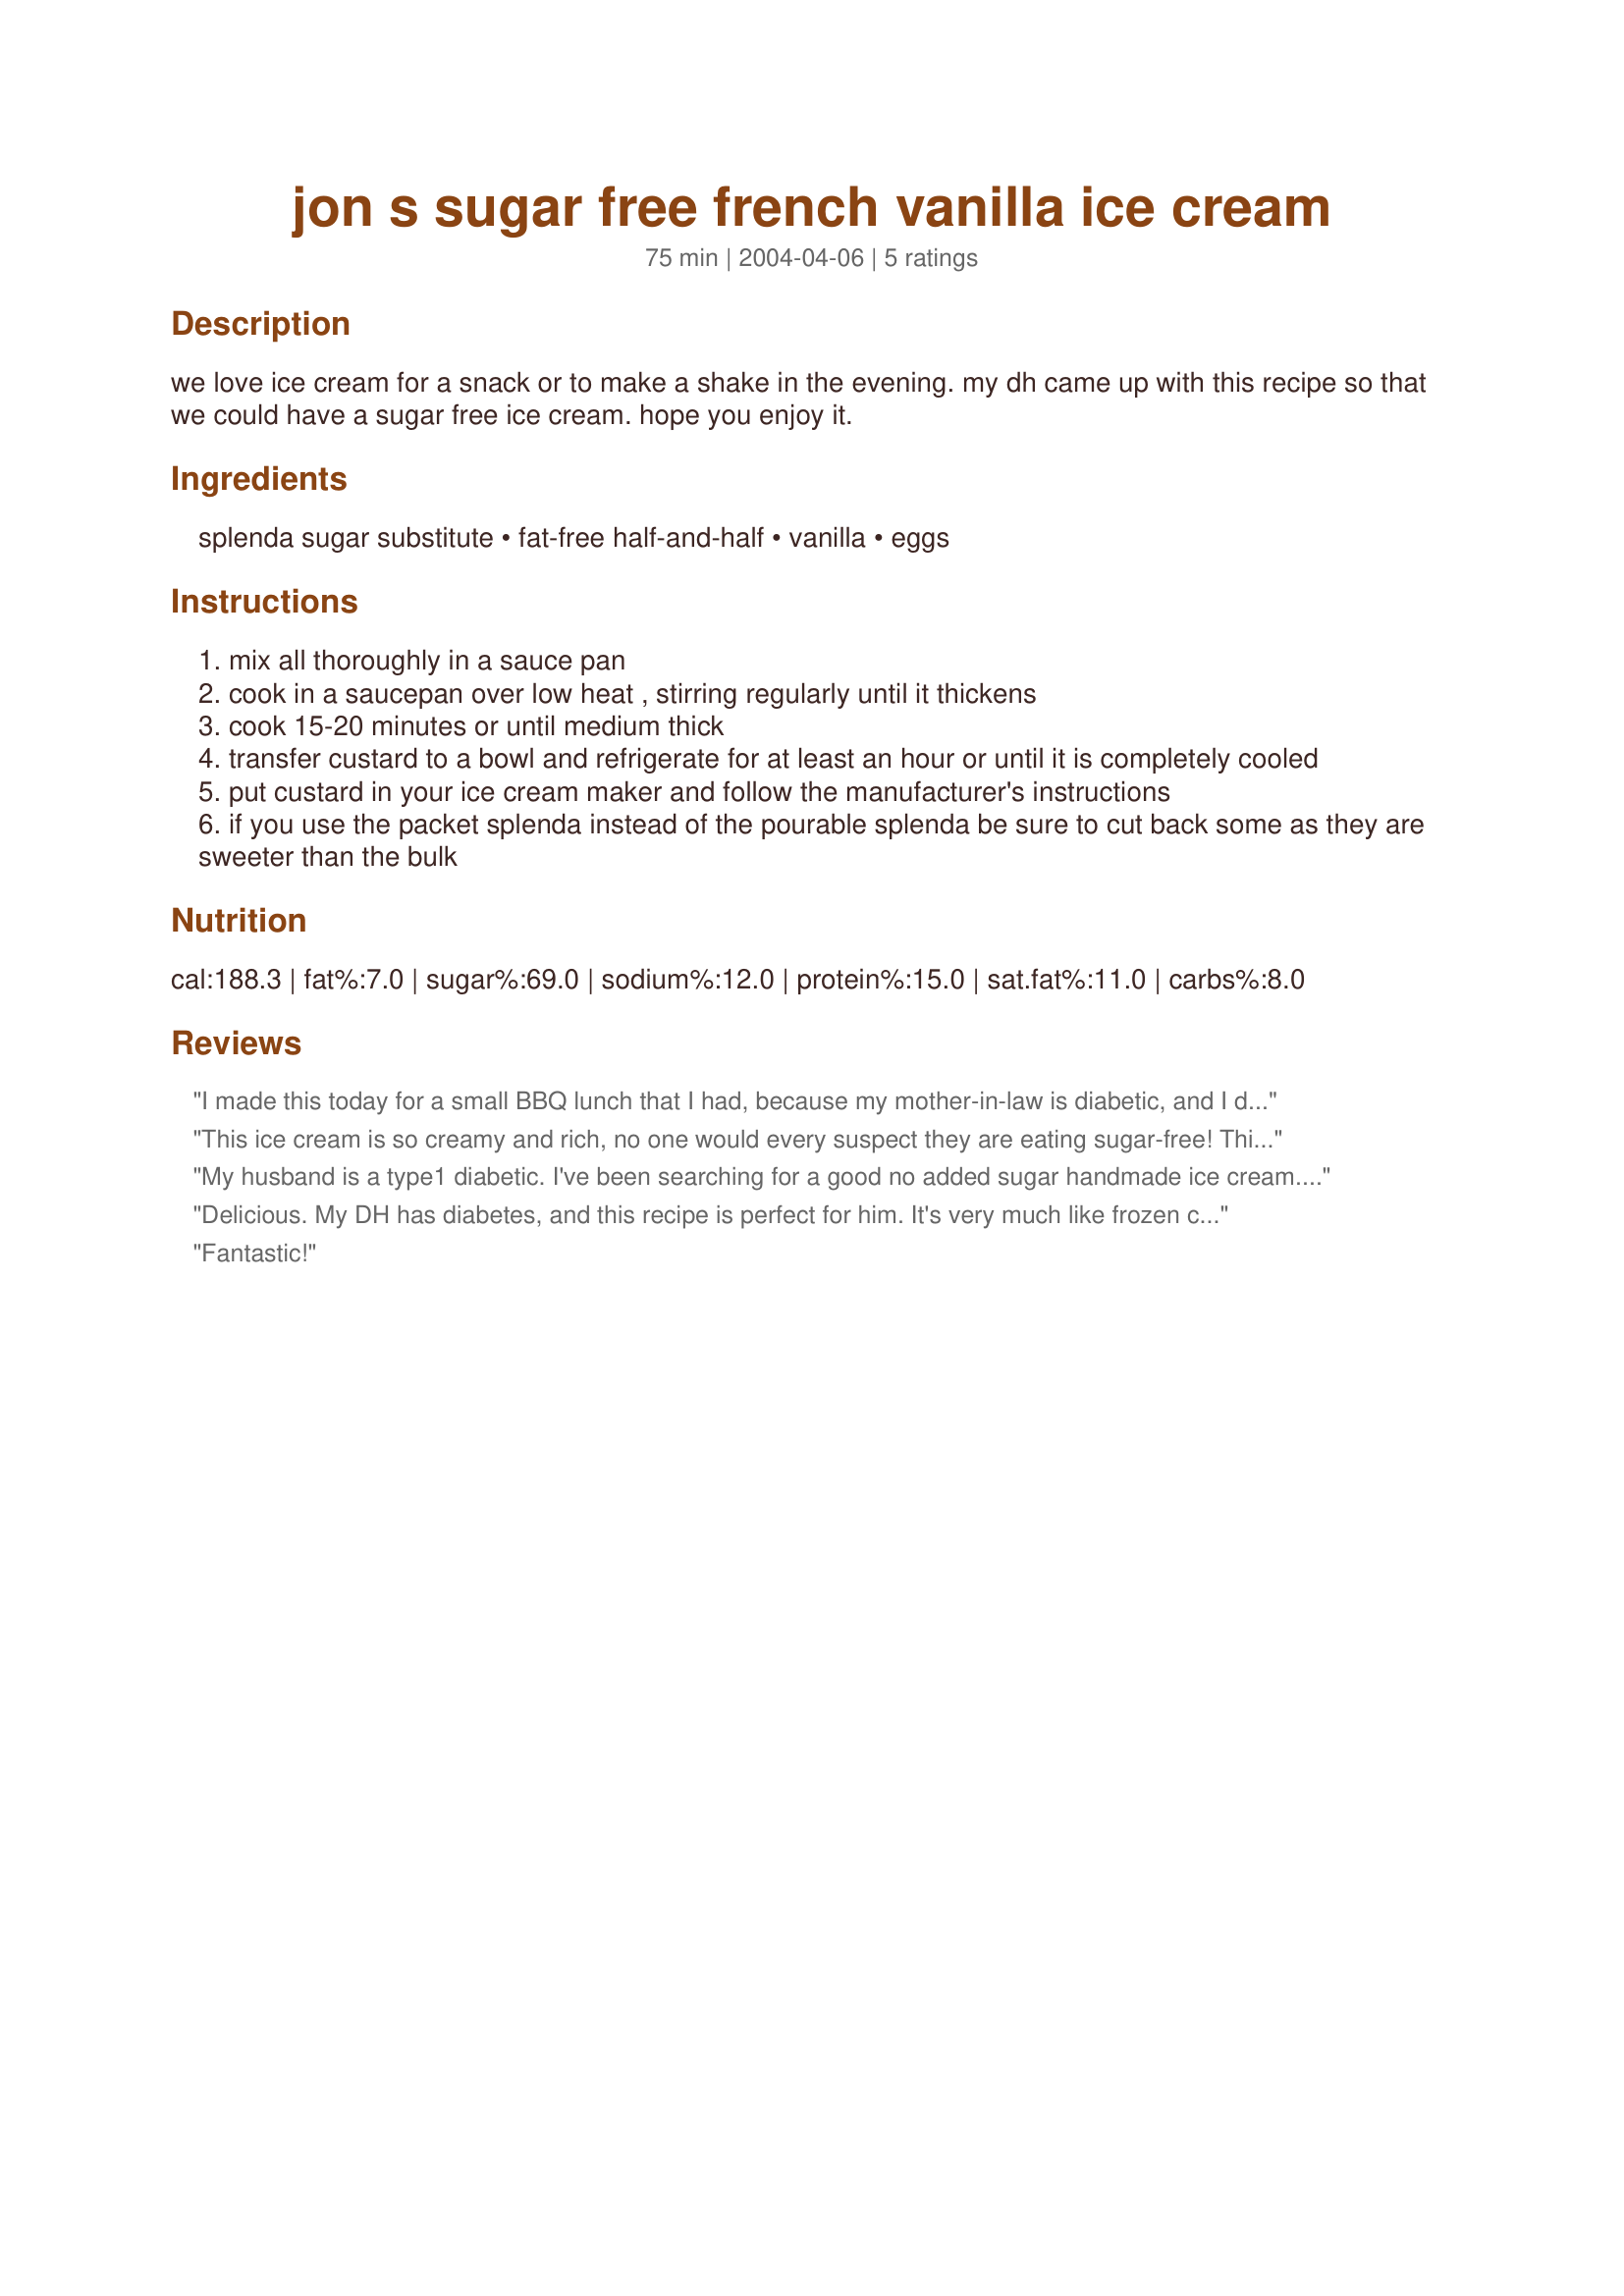
jon s sugar free french vanilla ice cream
Preparation time: 75 minutes

we love ice cream for a snack or to make a shake in the evening. my dh came up with this recipe so that we could have a sugar free ice cream. hope you enjoy it.

Ingredients:
splenda sugar substitute, fat-free half-and-half, vanilla, eggs

Steps:
mix all thoroughly in a sauce pan
cook in a saucepan over low heat , stirring regularly until it thickens
cook 15-20 minutes or until medium thick
transfer custard to a bowl and refrigerate for at least an hour or until it is completely cooled
put custard in your ice cream maker and follow the manufacturer's instructions
if you use the packet splenda instead of the pourable splenda be sure to cut back some as they are sweeter than the bulk

Reviews:
I made this today for a small BBQ lunch that I had, because my mother-in-law is diabetic, and I didn't want her to be left out of the desserts (because I made other ice creams for everyone else). I used 1 cup whipping cream and 3 1/2 cups fat-free half and half (using all fat-free half and half might be more like ice milk, I think). All the other ingredients I kept the same. I changed the mixing method a bit though, based on other experiences I've had with custard-based ice creams: I simmered the Splenda, cream, and half and half in a heavy saucepan, until it was hot, stirring with a whisk to dissolve the Splenda (the mixture foamed up a bit while heating). I beat the eggs in a separate bowl, and added a little of the hot mixture to the eggs, to temper them, before adding the eggs to the saucepan. I then cooked until medium-thick on low heat (don't let it boil, or the eggs will scramble). Once it was medium-thick, I took it off the heat, poured it through a strainer into a large bowl, let it cool a bit, and stirred in the vanilla. I then proceeded with step 4. I had to make this in 2 batches in the ice cream maker, because my Cuisinart ice cream maker only has a 1 1/2 quart bowl, and it was too much liquid to put in one go. I made two batches (totaling about 1 3/4 quarts finished), and I chopped up some sugar-free Mounds-type candy for one of the batches. I didn't have any, but my mother-in-law said it was good and the texture was nice. I was happy to be able to make ice cream that she could eat too. Sorry for the HUGE review, but thanks a bunch for posting this!
This ice cream is so creamy and rich, no one would every suspect they are eating sugar-free! This ice cream is simply delicious! I did run out of fat-free half and half mid-recipe and substituted with 2 cups with whipping cream + 2 1/2 cups fat-free half and half. Otherwise, made exactly as directed! I recommend eating the ice cream the first day, as freezing tends to lose its creamy texture. Tell Jon, he has a winning ice cream, Mystergirl!
My husband is a type1 diabetic. I've been searching for a good no added sugar handmade ice cream. This is the best recipe ever! I added 2 small ripe bananas and 1/2 cup finely chopped pecans. Took it to a church ice cream super. We have several diabetics there. I always try to make a sugar free dessert for our get togethers. Your recipe was a big success. They said it was wonderful. Some thought I had used sugar. Splenda is the best diabetic friendly sweetener as far as we are concerned. Thank you for providing this recipe!!!??
Delicious. My DH has diabetes, and this recipe is perfect for him. It's very much like frozen custard, and has a great vanilla flavor. I didn't have enough fat free half and half, so I used about 2 cups regular cream with the rest fat free. I can't wait to make it with all fat free next time to make it even healthier. Thanks for posting, Mysterygirl.
Fantastic!
